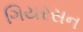
ગિયરસન